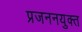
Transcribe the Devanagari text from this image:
प्रजननयुक्त